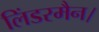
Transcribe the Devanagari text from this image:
लिंडरमैन।